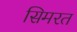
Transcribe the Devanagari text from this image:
सिमरत